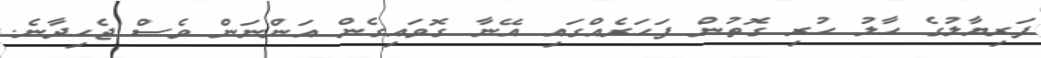
ފަރިޔާލުގެ ހާލު ހުރި ގޮތުން ފަހަރެއްގައި އޭނާ ގޮވައިގެން އަންނަން ވެސް ޖެހިދާނެ.